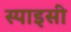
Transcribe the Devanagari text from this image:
स्पाइसी